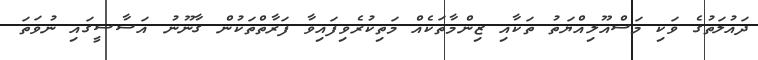
ދައުލަތުގެ ވަކި މަސްއޫލިއްޔަތު ތަކާއި ޒިންމާތަކެއް މަތިކުރެވިފައިވާ ފަރާތްތަކުން ގާނޫނު އަސާސީގައި ނުވަތަ